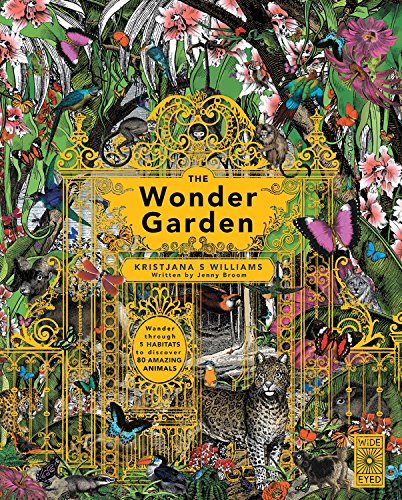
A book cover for The Wonder Garden: Wander through 5 habitats to discover 80 amazing animals; Jenny Broom; Children's Books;